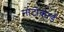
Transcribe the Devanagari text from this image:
नोटोकार्ड